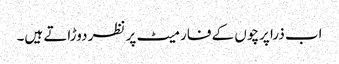
اب ذرا پرچوں کے فارمیٹ پر نظر دوڑاتے ہیں۔